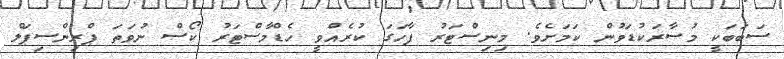
ސަބަބަކީ މުސާރަކުޑަވުން ކަމަށެވެ. މިނިސްޓަރު ފާހަގަ ކުރެއްވީ ހެޑްމާސްޓަރު ކޯސް ނުވަތަ ޕްރިންސިޕަލް